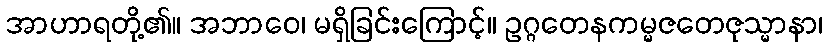
အာဟာရတို့၏။ အဘာဝေ၊ မရှိခြင်းကြောင့်။ ဥဂ္ဂတေနကမ္မဇတေဇုသ္မာနာ၊